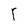
Character: r